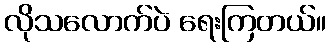
လိုသလောက်ပဲ ရေးကြတယ်။